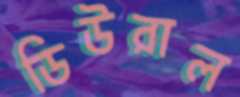
ডিউরাল